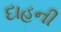
દાહની